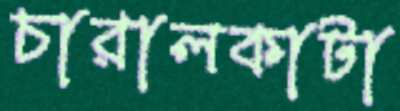
চারালকাটা